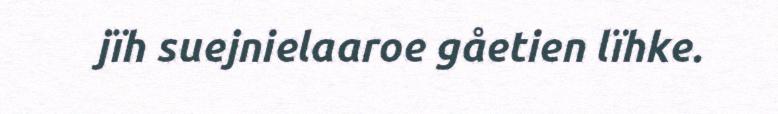
jïh suejnielaaroe gåetien lïhke.